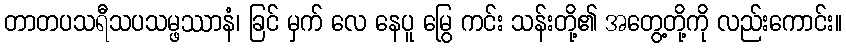
တာတပသရီသပသမ္ဖဿာနံ၊ ခြင် မှက် လေ နေပူ မြွေ ကင်း သန်းတို့၏ အတွေ့တို့ကို လည်းကောင်း။